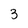
Character: 3